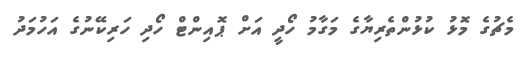
މެޗުގެ މޮޅު ކުޅުންތެރިޔާގެ މަގާމު ހޯދީ އަށް ޕޮއިންޓް ހޯދި ހަރިކޭނުގެ އަހުމަދު